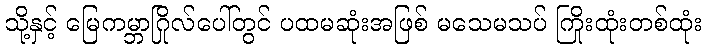
သို့နှင့် မြေကမ္ဘာဂြိုလ်ပေါ်တွင် ပထမဆုံးအဖြစ် မသေမသပ် ကြိုးထုံးတစ်ထုံး